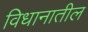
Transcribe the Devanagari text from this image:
विधानातील